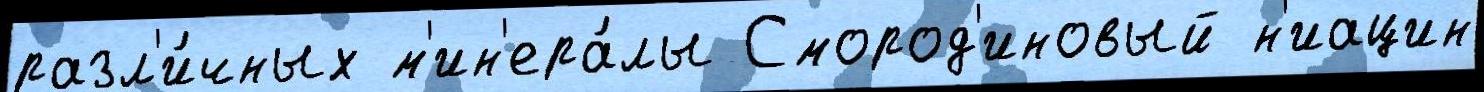
разл'и́чных м'ин'ера́лы Смород'иновый н'иацин